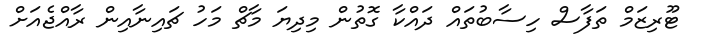
ޓޫރިޒަމް ތަފާސް ހިސާބުތައް ދައްކާ ގޮތުން މިދިޔަ މާޗް މަހު ޗައިނާއިން ރާއްޖެއަށް